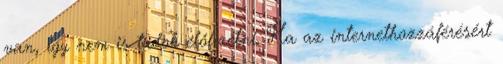
van, így nem is tudok előfizetni. Ha az internethozzáférésért